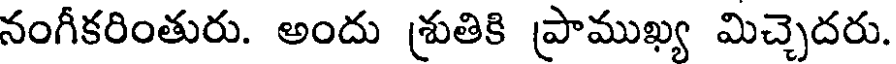
నంగీకరింతురు. అందు శ్రుతికి ప్రాముఖ్య మిచ్చెదరు.